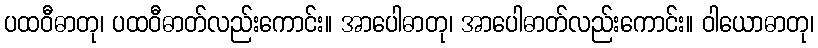
ပထဝီဓာတု၊ ပထဝီဓာတ်လည်းကောင်း။ အာပေါဓာတု၊ အာပေါဓာတ်လည်းကောင်း။ ဝါယောဓာတု၊